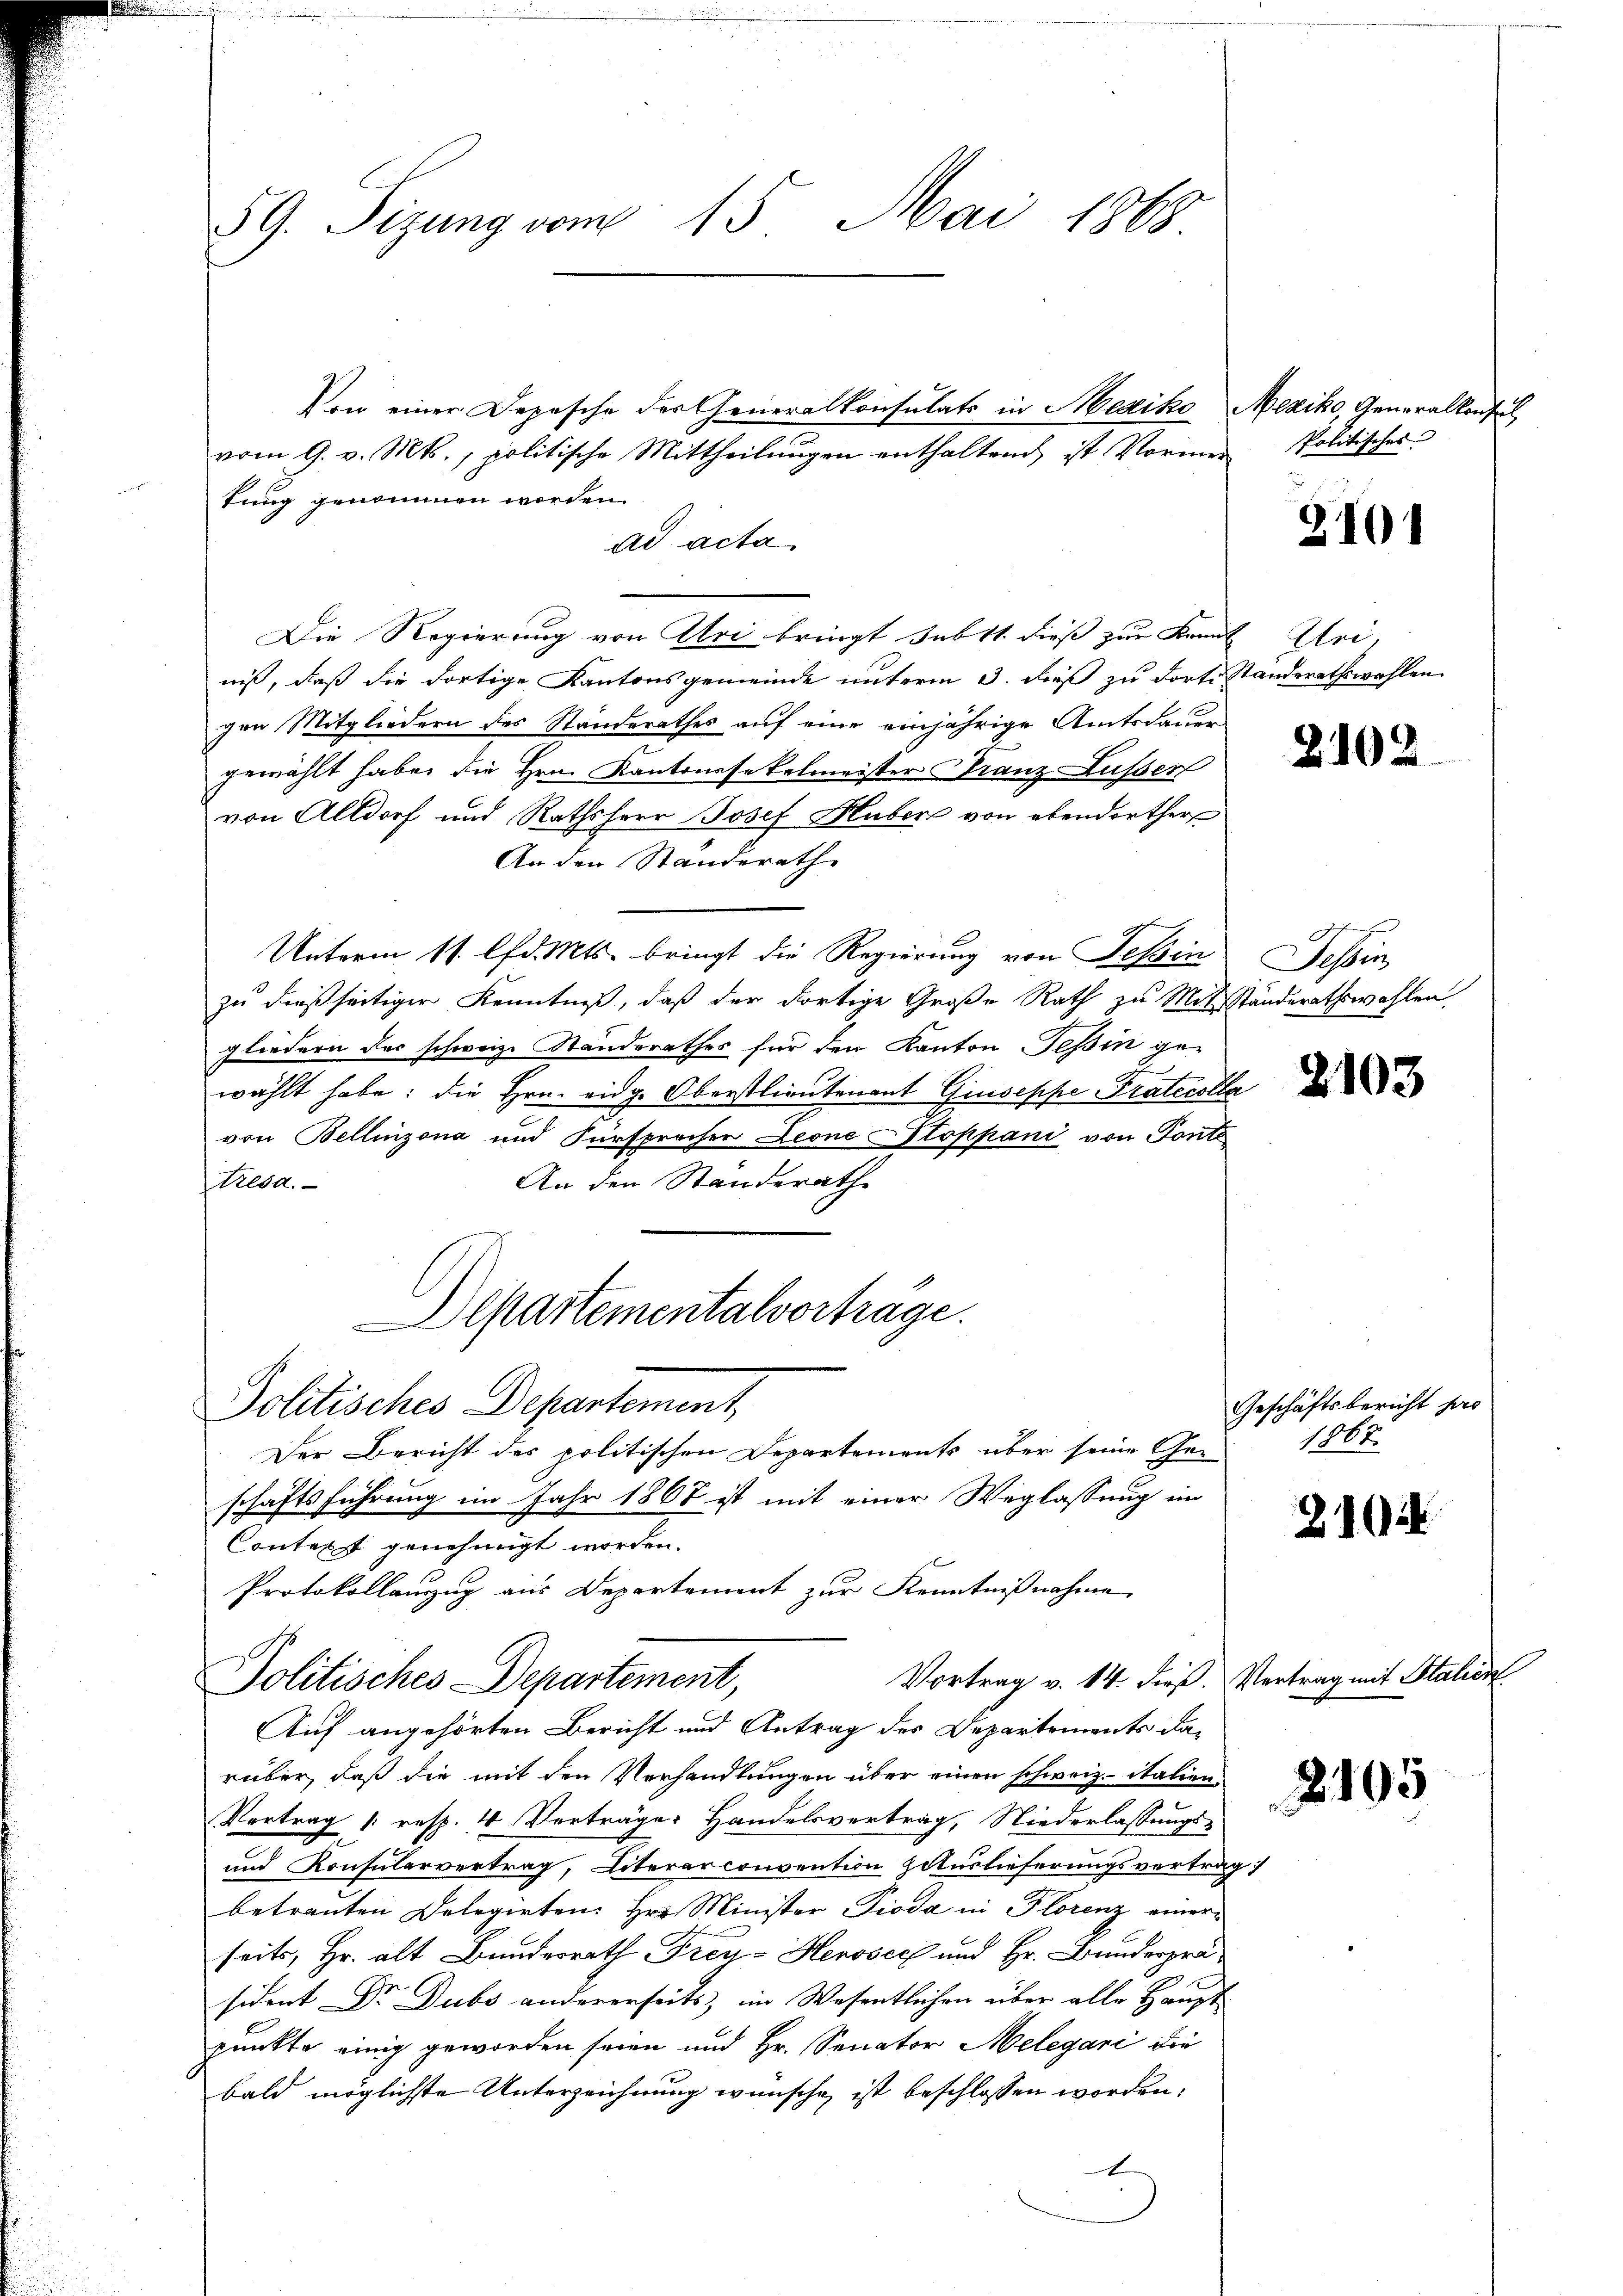
59. Sizung vom 15. Mai 1868

tung genommen worden.
ad acta
Die Regierung von Uri bringt subtt. dieß zur Kennt Uri-
niß, daß die dortige Kantonsgemeinde unterm 3. dieß zu dorte Standerathswahlen
gen Mitgliedern des Standerathes auf eine einjährige Amtsdauer
gewählt habe, die Hrn. Kantonesekelmeister Franz-Ausser
von Altdorf und Rathsherr Josef Huber von ebendorther
An den Standerathe
Unterm 11. lfd. Mts. bringt die Regierung von Tessin
zu dießseitiger Kenntniß, daß der dortige Große Rath zu Mitständerathswahlen
gliedern des schweiz. Standerathes für den Kanton Tessin ge-
wählt habe; die Hrn. eidge Oberstlieutenant Giuseppe Pratecolla
von Bellinzona und Fürsprocher Leone Stoppani von Tonte
An den Standerath
Tresa.
Departementalvorträge.

Politisches Departement

Politisches Departement,

Von einer Depesche der Generalkonsulats in Mexiko Neziko, Generalkonsul

vom 9. v. Mts., politische Mittheilŭngen enthaltend ist Vormer Politisches

Der Bericht des politischen Departements über seine Geschäftsführung im Jahr 1867 ist mit einer Weglassung im
Context genehmigt worden.
Protokollauszug aus Departement zur Kenntnißnahme
Auf angehörten Bericht und Antrag des Departements darüber, daß die mit den Verhandlungen über einen schweiz. italien
Vertrag /: resp. 4 Verträge: Handelsvertrag, Niederlassungs-
und Konsularvertrag, Literarconvention potuslieferungsvertrag
betrauten Delegirten: Hr. Minister Pioda in Florenz einer
seits, Hr. alt Bundesrath Frey- Herosech und Hr. Bunderprä
sident Dr. Dubs andererseits, im Wesentlichen über alle Haupt
punkte einig geworden seien und Hr. Senator Melegari die
bald möglichste Unterzeichnung wünsche ist beschlossen worden:
E

2101

2102

Tessin,

2103

Geschäftsbericht pro
1867.

210

Vortrag v. 14. dieß. Vertrag mit Stalien

2105